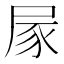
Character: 𡱰